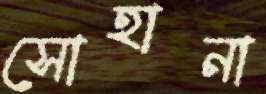
সোহানা